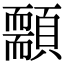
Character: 䫱